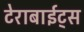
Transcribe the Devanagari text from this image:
टेराबाईट्स